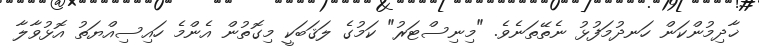
ޚާދިމުންކަން ހަނދުމަފުޅު ނެތޭތަނެވެ. "މިނިސްޓަރު" ކަމުގެ ލަޤަބަކީ މިގޮތުން އެންމެ ހައިސިއްޔަތު އޮޅުވާލާ